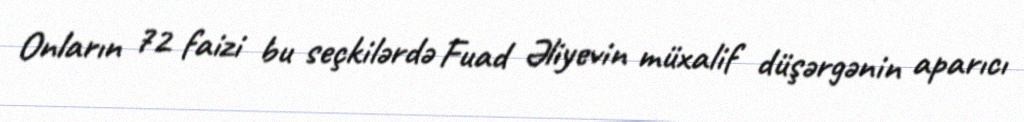
Onların 72 faizi bu seçkilərdə Fuad Əliyevin müxalif düşərgənin aparıcı